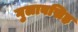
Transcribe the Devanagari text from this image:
गुलाबसिह